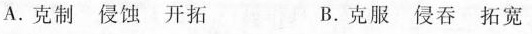
A.克制 侵蚀 开拓 B.克服 侵吞 拓宽